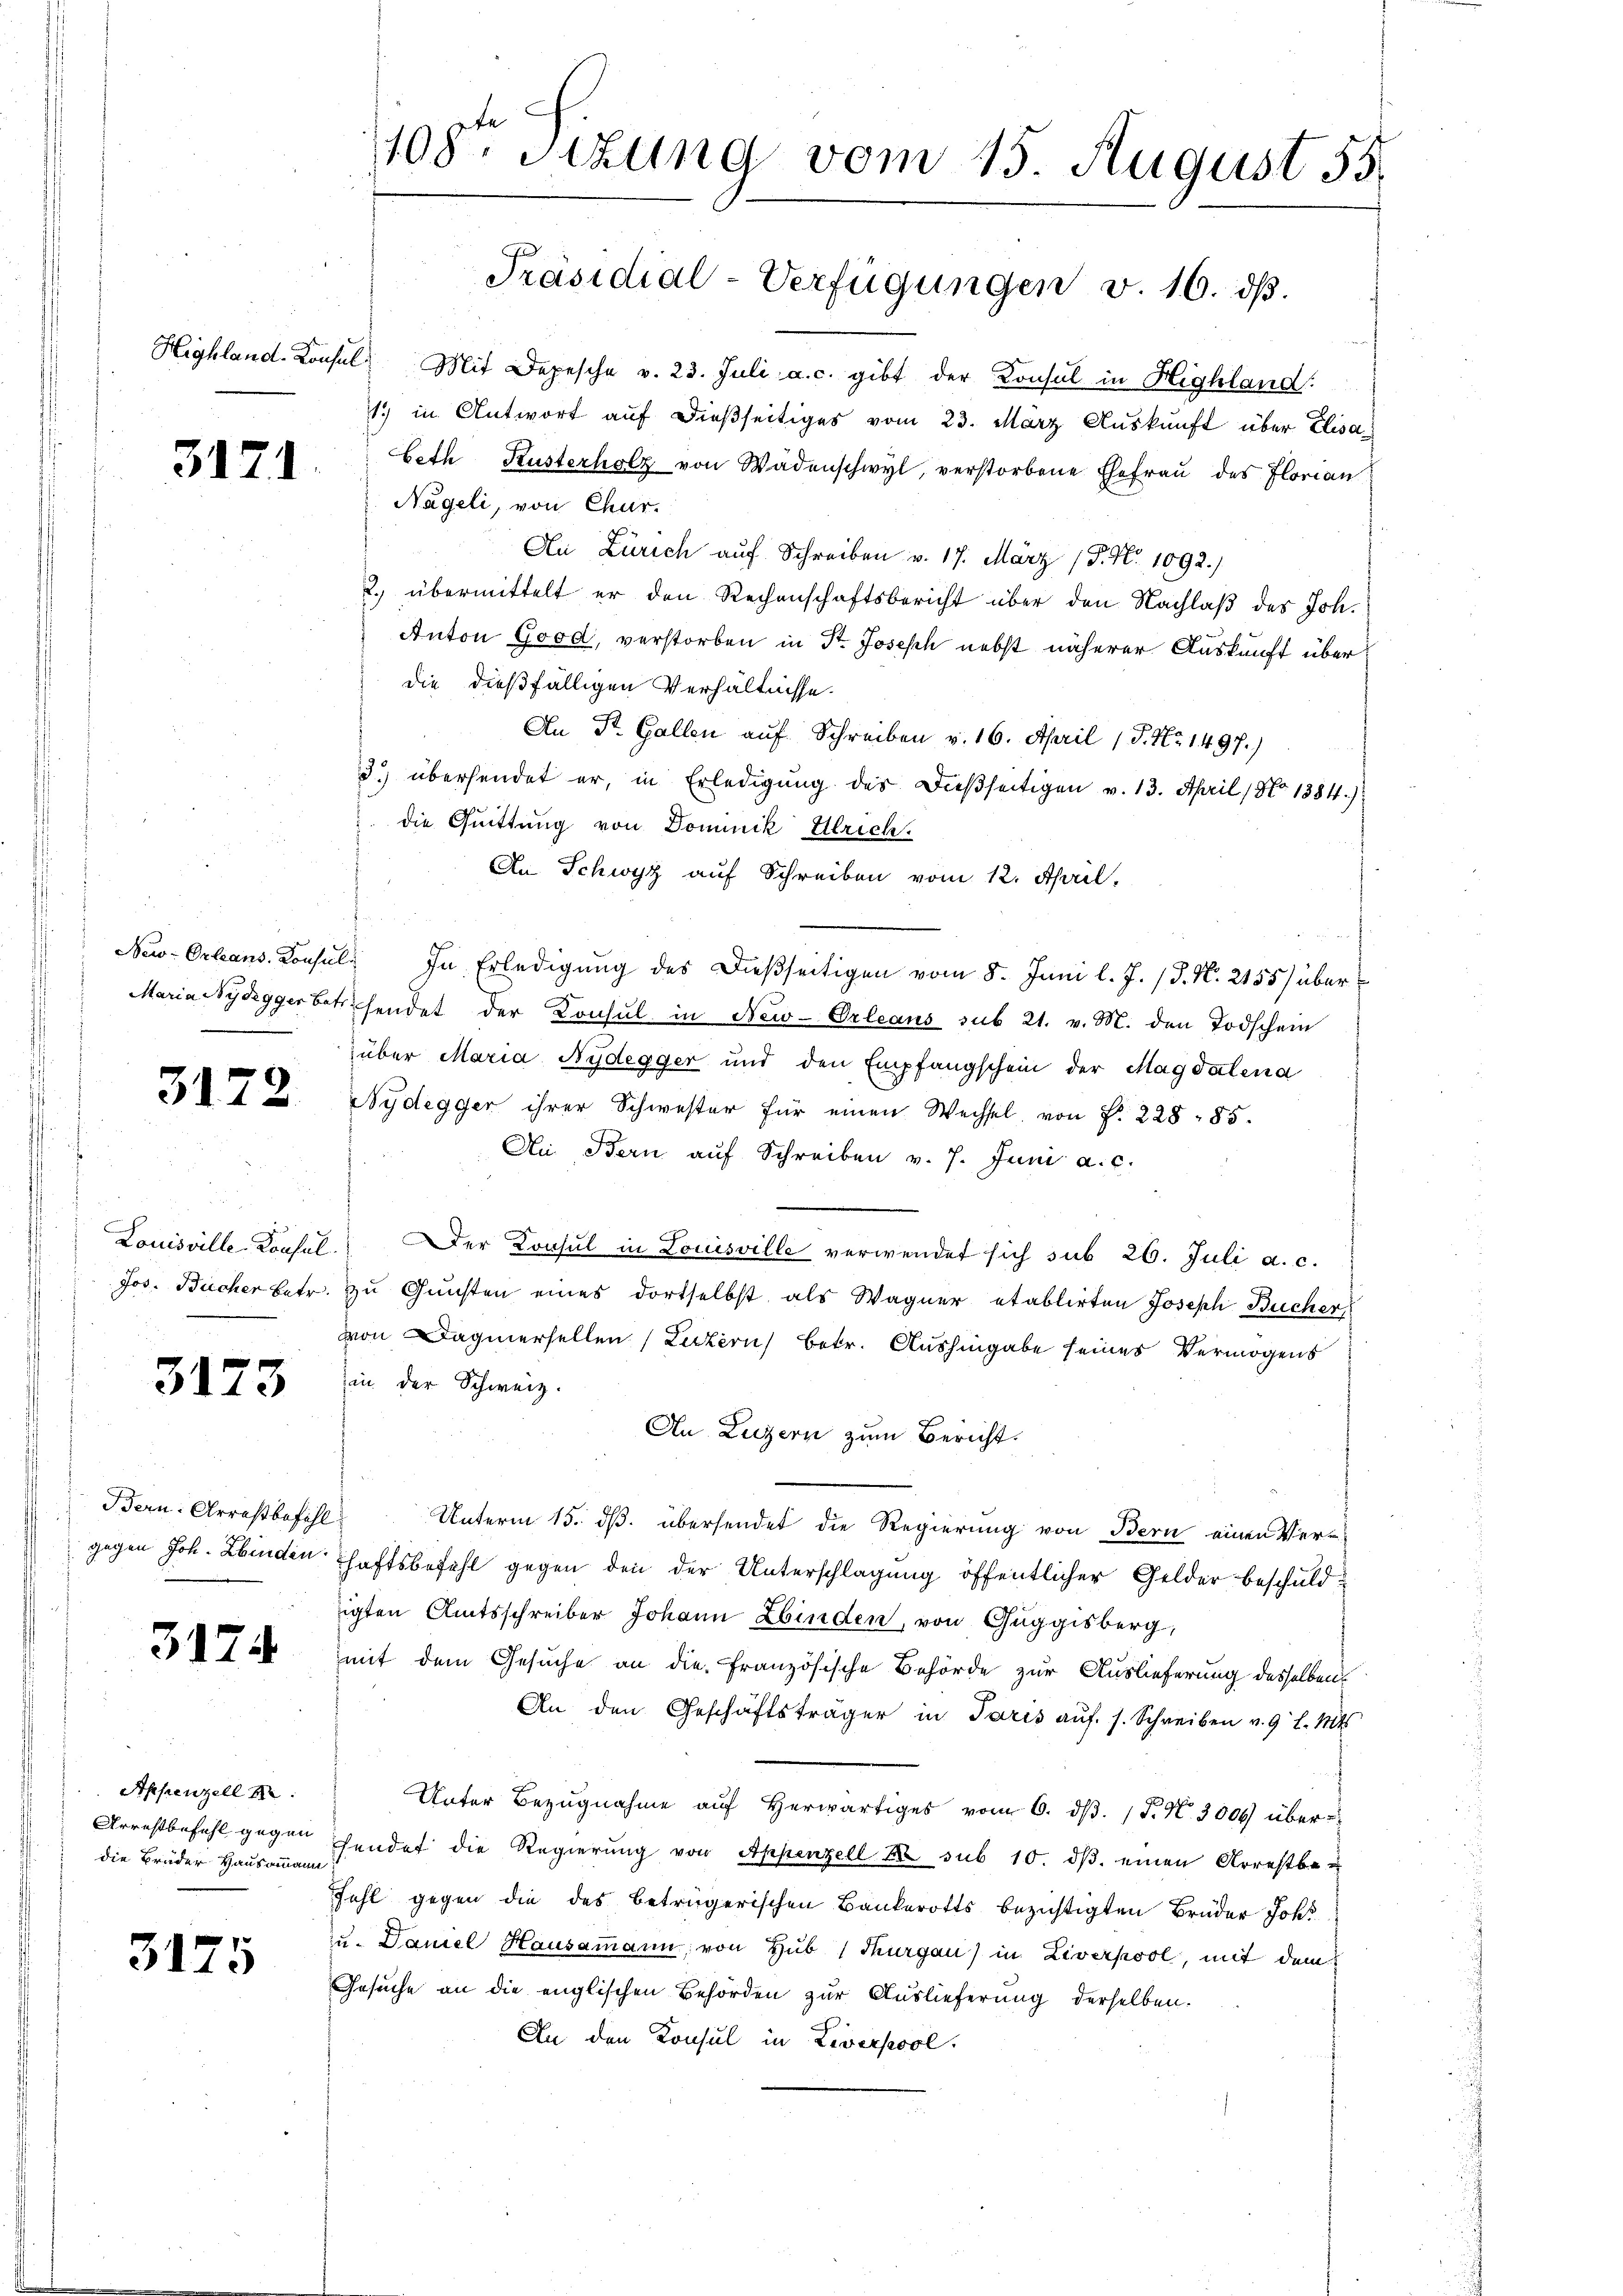
3171.

3172

3173

Bern: Arrestbefohl

3174

Appenzell
Arrestbefehl gegen
die Brüder Hausommann

3175

108te Sitzung vom 15. August 55.
Präsidial-Verfügungen v. 16. dβ.

Highland-Consul Mit Depesche v. 23. Juli a. c. gibt der Konsul in Highland:
1. in Antwort auf dießseitiges vom 23. März Auskunft über Elisau
beth Kusterholz von Wädenschwyl, verstorbene Ehefraŭ des Florian
Nageli, von Chur.
An Zürich auf Schreiben v. 17. März 18. No 1092.)
.) übermittelt er den Rechenschaftsbericht über den Nachlaß des Joh.
Anton Good, verstorben in St. Joseph nebst näherer Auskunft über
die dießfälligen Verhältnisse.
An Dr. Gallen auf Schreiben v. 16. April 1 S. Nr. 1497.)
3) übersendet er, in Erledigung des Dießseitigen v. 13. April, No 1384.)
 die Quittung von Dominik Ulrich¬
An Schwyz auf Schreiben vom 12. April,
New-Orleans. Konsul. In Erledigung des Dießseitigen vom 8. Juni l. J. J. N. 2155) über¬
Maria Nydeggerbethendet der Konsul in New-Orleans sub 21. v. M. den Todschein
über Maria Nydegger und den Empfangschein der Magdalena
Nydegger ihrer Schwester für einen Wechsel, von f. 228 - 85.
Ai Bern aŭf Schreiben v. 7. Juni a. c.
Louisville-Konsul." Der Konsul in Louisville verwendet sich sub 26. Juli a. c.
Jos. Bucher betr. zu Gunsten eines dortselbst als Wagner etablirten Joseph Bucher,
von agnersellen (Luzern betr. Aushingabe seines Vermögens
in der Schweiz.
An Luzern zum Bericht.
Unterm 15. ds. übersendet die Regierung von Bern einen Vergegen Joh. Kinden haftsbefehl gegen den der Unterschlagung öffentlicher Gelder beschuldigten Amtsschreiber Johann Ebinden, von Guggisberg,
mit dem Gesuche an die französische Behörde zur Auslieferung desselben
An den Geschäftsträger in Paris aŭf s. Schreiben v. 9 l. Mts.
Unter Bezŭgnahme aŭf herwärtiges vom 6. dβ. P. N. 3000 überhendet die Regierung von Appenzell 2 sub 10. dβ einen Arrestbe¬
Fahl gegen die des betrügerischen Bankerotts bezichtigten Brüder Johs
zu. Daniel Hausammann, von Hub (Thurgau) in Liverpool, mit dem
Gesuche an die englischen Behörden zur Auslieferung derselben.
An den Konsul in Liverscol